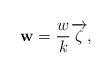
LaTeX: \begin{align*}\mathbf{w}=\frac{w}{k}\overrightarrow{\zeta},\end{align*}